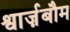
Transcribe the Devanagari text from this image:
श्वार्ज़बौम